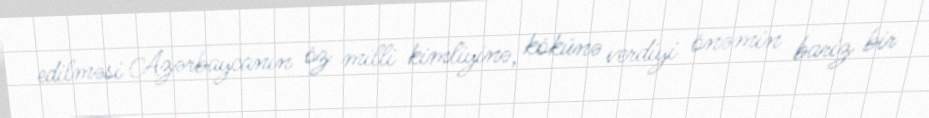
edilməsi Azərbaycanın öz milli kimliyinə, kökünə verdiyi önəmin bariz bir